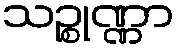
သဉ္စုဏ္ဏာ